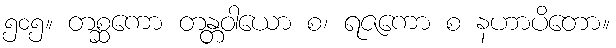
၅၀၅။ တစ္ဆကော တန္တဝါယော စ၊ ရဇကော စ နဟာပိတော။